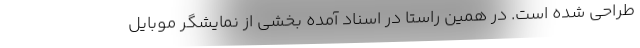
طراحی شده است. در همین راستا در اسناد آمده بخشی از نمایشگر موبایل